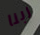
ربنا